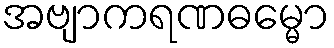
အဗျာကရဏဓမ္မော